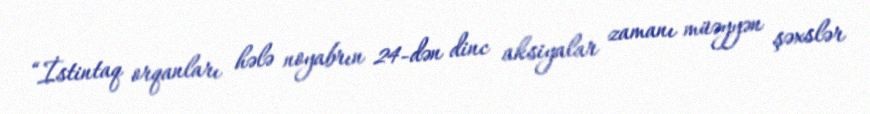
“İstintaq orqanları hələ noyabrın 24-dən dinc aksiyalar zamanı müəyyən şəxslər